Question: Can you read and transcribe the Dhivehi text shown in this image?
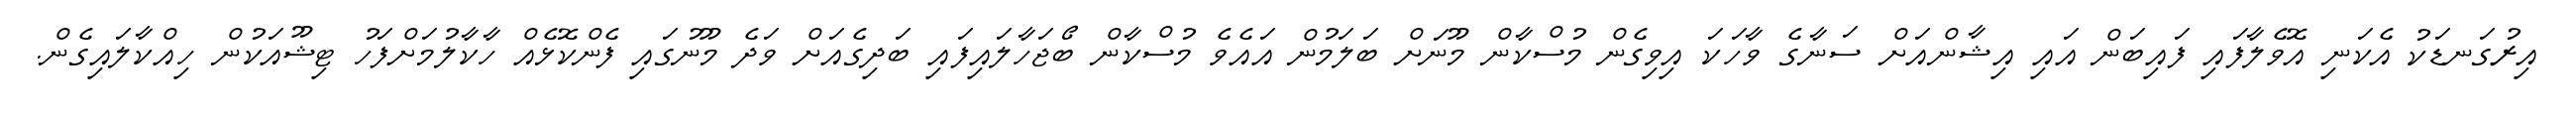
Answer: އިރުގަނޑަކު އެކަނި އޮވެލާފައި ފައިބަން އައި އިޝާންއަށް ސަނާގެ ވާހަކަ އިވިގެން މުސްކާން މޫނަށް ބަލަމުން އައެވެ މުސްކާން ބޯޖަހާލައިފައި ބަދިގެއަށް ވަދެ މޫނުގައި ފެންކޮޅެއް ހާކާލުމަށްފަހު ޓިޝޫއަކުން ހިއްކާލައިގެން.